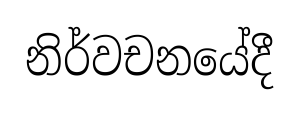
නිර්වචනයේදී